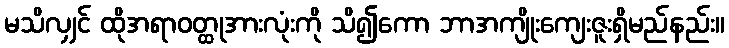
မသိလျှင် ထိုအရာဝတ္ထုအားလုံးကို သိ၍ကော ဘာအကျိုးကျေးဇူးရှိမည်နည်း။